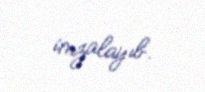
imzalayıb.